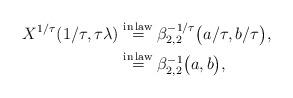
LaTeX: \begin{align*}X^{1/\tau}(1/\tau, \tau\lambda) & \overset{{\rm in \,law}}{=} \beta_{2,2}^{-1/\tau}\bigl(a/\tau, b/\tau\bigr), \\& \overset{{\rm in \,law}}{=} \beta_{2,2}^{-1}\bigl(a, b\bigr),\end{align*}